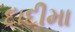
દાદીમા